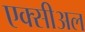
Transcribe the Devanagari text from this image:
एक्सीअल